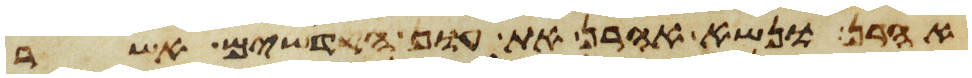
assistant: אהרן ונשא אהרן את עון הקדשים אשר